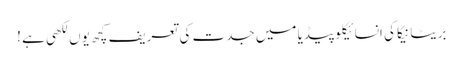
بریٹانیکا کی انسائیکلو پیڈیا میں جدت کی تعریف کچھ یوں لکھی ہے !